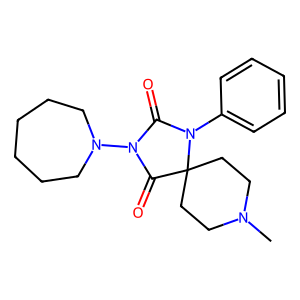
SMILES: CN1CCC2(CC1)C(=O)N(N1CCCCCC1)C(=O)N2c1ccccc1
Inhibits HIV replication: No